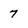
Character: 7